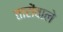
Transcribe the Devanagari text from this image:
तारोंवाले